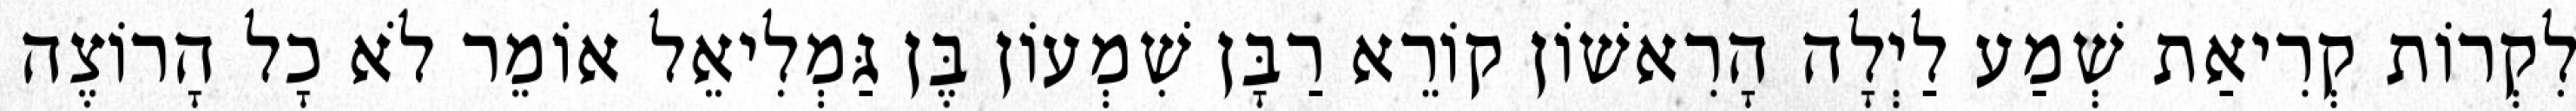
לִקְרוֹת קְרִיאַת שְׁמַע לַיְלָה הָרִאשׁוֹן קוֹרֵא רַבָּן שִׁמְעוֹן בֶּן גַּמְלִיאֵל אוֹמֵר לֹא כָל הָרוֹצֶה